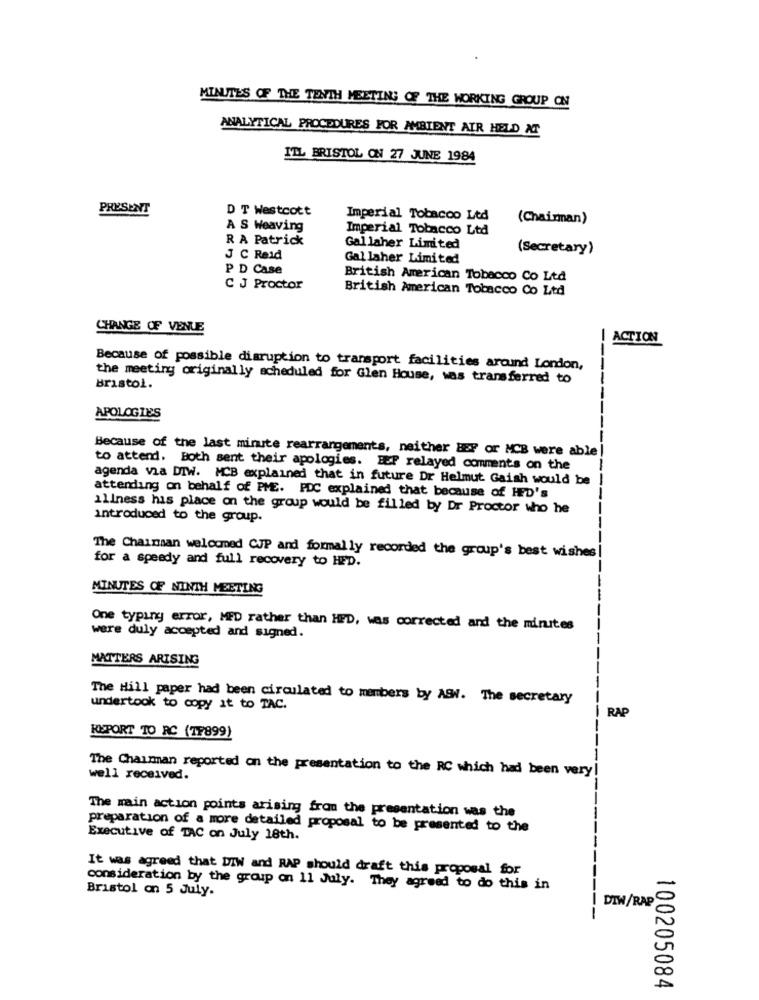
MINUTES OF THE TENTH MEETING OF THE WORKING GROUP ON
ANALYTICAL PROCEDURES FOR AMBIENT AIR HELD AT
ILL BRISTOL ON 27 JUNE 1984
PRESENT
D T Westcott
Imperial Tobacco Ltd
(Chairman)
A S Weaving
Imperial Tobacco Ltd
R A Patrick
Gallaher Limited
(Secretary)
J C Reid
Gal laher Limited
P D Case
British American Tobacco Co Ltd
C J Proctor
British American Tobacco Co Ltd
CHANGE OF VENUE
ACTION
Because of possible disruption to transport facilities around London,
the meeting originally scheduled for Glen House, was transferred to
----
Bristol.
APOLOGIES
Because of the last minute rearrangements, neither BEY or MCB were able
to attend. Both sent their apologies. HEP relayed comments on the
agenda via DIW. MCB explained that in future Dr Helmut Gaish would be
attending on behalf of PME. PDC explained that because of HED's
illness his place on the group would be filled by Dr Proctor who he
introduced to the group.
The Chainsan welcomed CJP and formally recorded the group's best wishes!
for a speedy and full recovery to HED.
MINUTES OF NINTH MEETING
One typing error, MED rather than HED, was corrected and the minutes
were duly accepted and signed.
MATTERS ARISING
The Hill paper had been circulated to members by ASW. The secretary
undertook to copy it to TAC.
RAP
REPORT TO RC (TF899)
The Chairman reported on the presentation to the RC which had been very!
well received.
The main action points arising from the presentation was the
preparation of a more detailed proposal to be presented to the
Executive of TAC on July 18th.
It was agreed that DIW and RAP should draft this proposal for
Bristol on 5 July.
consideration by the group on 11 July. They agreed to do this in
DIW/RAPS
100205084